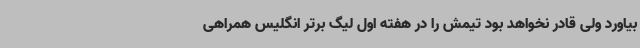
بیاورد ولی قادر نخواهد بود تیمش را در هفته اول لیگ برتر انگلیس همراهی